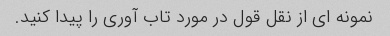
نمونه ای از نقل قول در مورد تاب آوری را پیدا کنید.